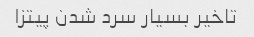
تاخیر بسیار سرد شدن پیتزا